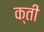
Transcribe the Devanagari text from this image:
क्ती